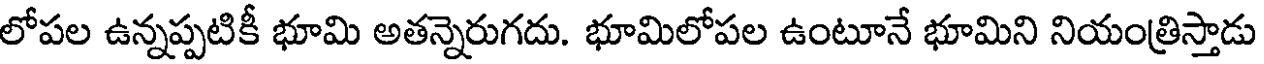
లోపల ఉన్నప్పటికీ భూమి అతన్నెరుగదు. భూమిలోపల ఉంటూనే భూమిని నియంత్రిస్తాడు